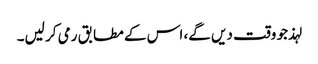
لہذ جو وقت دیں گے، اس کے مطابق رمی کر لیں۔